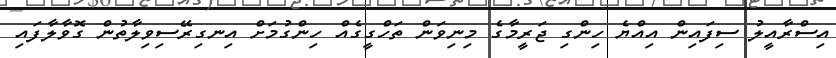
އިސްރާއީލު ސިފައިން އިއްޔެ ހިންގި ޖަރީމާގެ މިނިވަން ތަހްގީގެއް ހިންގުމަށް އިނގިރޭސިވިލާތުން ގޮވާލާފައި